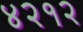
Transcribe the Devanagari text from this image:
४२१२